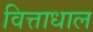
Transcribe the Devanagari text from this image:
वित्ताधाल